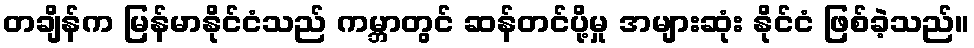
တချိန်က မြန်မာနိုင်ငံသည် ကမ္ဘာတွင် ဆန်တင်ပို့မှု အများဆုံး နိုင်ငံ ဖြစ်ခဲ့သည်။